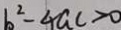
b ^ { 2 } - 4 a c > 0